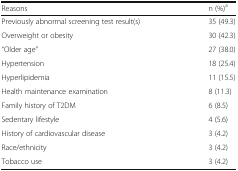
<table><thead><tr><td><b>Reasons</b></td><td><b>n (%)<sup>a</sup></b></td></tr></thead><tbody><tr><td>Previously abnormal screening test result(s)</td><td>35 (49.3)</td></tr><tr><td>Overweight or obesity</td><td>30 (42.3)</td></tr><tr><td>“Older age”</td><td>27 (38.0)</td></tr><tr><td>Hypertension</td><td>18 (25.4)</td></tr><tr><td>Hyperlipidemia</td><td>11 (15.5)</td></tr><tr><td>Health maintenance examination</td><td>8 (11.3)</td></tr><tr><td>Family history of T2DM</td><td>6 (8.5)</td></tr><tr><td>Sedentary lifestyle</td><td>4 (5.6)</td></tr><tr><td>History of cardiovascular disease</td><td>3 (4.2)</td></tr><tr><td>Race/ethnicity</td><td>3 (4.2)</td></tr><tr><td>Tobacco use</td><td>3 (4.2)</td></tr></tbody></table>